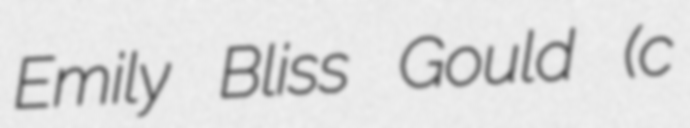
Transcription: Emily Bliss Gould (c